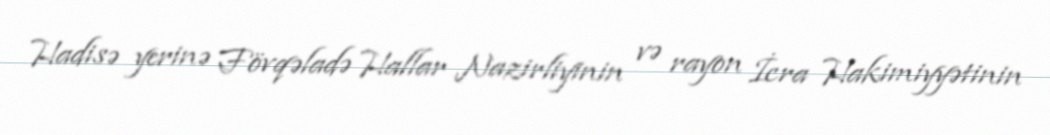
Hadisə yerinə Fövqəladə Hallar Nazirliyinin və rayon İcra Hakimiyyətinin